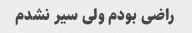
راضی بودم ولی سیر نشدم